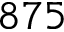
8 7 5